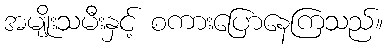
အမျိုးသမီးနှင့် စကားပြောနေကြသည်။